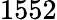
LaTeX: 1552